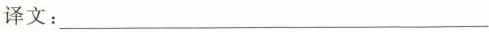
译文：___